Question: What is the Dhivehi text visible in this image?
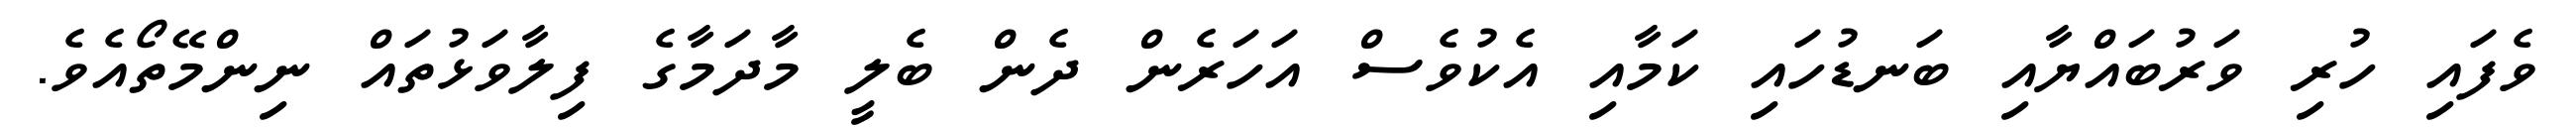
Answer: ވެފައި ހުރި ވަރުބައްޔާއި ބަނޑުހައި ކަމާއި އެކުވެސް އަހަރެން ދެން ބެލީ މާދަމާގެ ފިލާވަޅުތައް ނިންމޭތޯއެވެ.